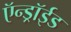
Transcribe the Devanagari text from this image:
ऍन्ड्रॉईड